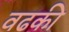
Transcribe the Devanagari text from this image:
वढकी